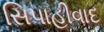
સિપાહીવાદ